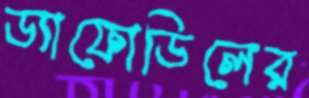
ড্যাফোডিলের